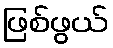
ဖြစ်ဖွယ်